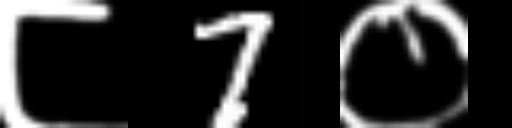
Text: ८7०